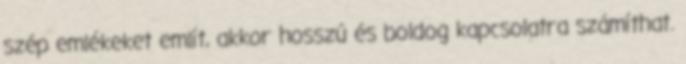
szép emlékeket említ, akkor hosszú és boldog kapcsolatra számíthat.